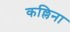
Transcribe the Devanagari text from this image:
कल्लिना